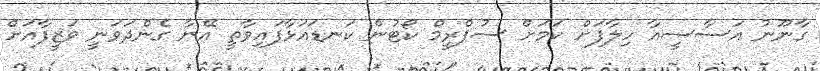
ގާނޫނު އަސާސީއާ ހިލާފަށް ކަމަށް ސުޕްރީމް ކޯޓުން ކަނޑައަޅާފައިވާތީ އޭނާ ގެންދަވަނީ ވަޒީފާއަށް